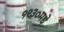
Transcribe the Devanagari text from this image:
१९३०मधे